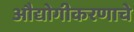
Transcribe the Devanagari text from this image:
औद्योगीकरणाचे